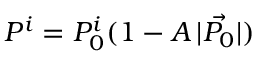
P ^ { i } = P _ { 0 } ^ { i } ( 1 - A \, | \vec { P _ { 0 } } | )